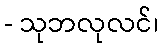
- သုဘလုလင်၊